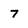
Character: 7